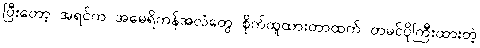
ပြီးတော့ အရင်က အမေရိကန်အလံတွေ စိုက်ထူထားတာထက် တမင်ပိုကြီးထားတဲ့